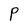
Character: P